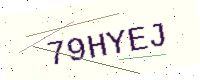
Text: 79HYEJ